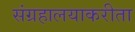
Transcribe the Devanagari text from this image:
संग्रहालयाकरीता